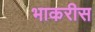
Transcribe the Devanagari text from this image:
भाकरीस